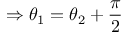
\Rightarrow \theta _ { 1 } = \theta _ { 2 } + { \frac { \pi } { 2 } }